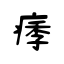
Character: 痵